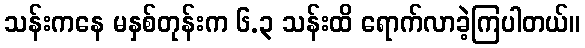
သန်းကနေ မနှစ်တုန်းက ၆.၃ သန်းထိ ရောက်လာခဲ့ကြပါတယ်။